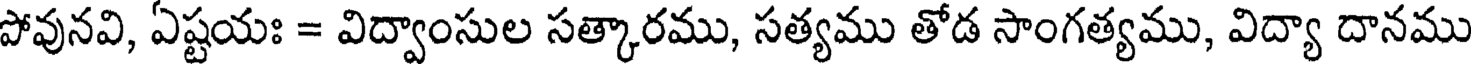
పోవునవి, ఏష్టయః = విద్వాంసుల సత్కారము, సత్యము తోడ సాంగత్యము, విద్యా దానము